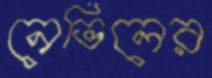
নেভিলের